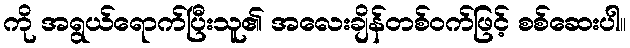
ကို အရွယ်ရောက်ပြီးသူ၏ အလေးချိန်တစ်ဝက်ဖြင့် စစ်ဆေးပါ။